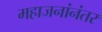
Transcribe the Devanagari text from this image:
महाजनांनंतर